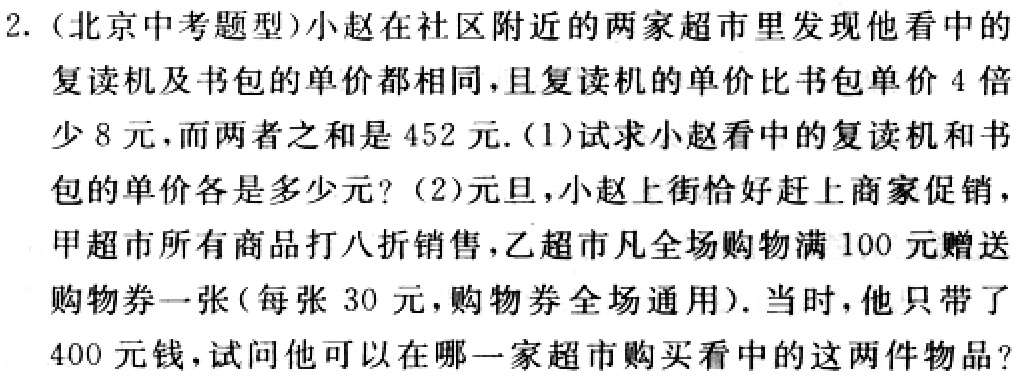
2. (北京中考题型)小赵在社区附近的两家超市里发现他看中的复读机及书包的单价都相同，且复读机的单价比书包单价4倍少8元，而两者之和是452元.(1)试求小赵看中的复读机和书包的单价各是多少元？(2)元旦，小赵上街恰好赶上商家促销，甲超市所有商品打八折销售，乙超市凡全场购物满100元赠送购物券一张(每张30元，购物券全场通用).当时，他只带了400元钱，试问他可以在哪一家超市购买看中的这两件物品？